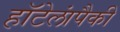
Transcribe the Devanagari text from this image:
हॉटेलांपैकी